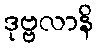
ဒုဗ္ဗလာနိ